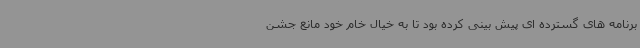
برنامه های گسترده ای پیش بینی کرده بود تا به خیال خام خود مانع جشن